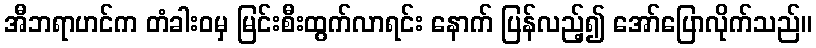
အီဘရာဟင်က တံခါးဝမှ မြင်းစီးထွက်လာရင်း နောက် ပြန်လည့်၍ အော်ပြောလိုက်သည်။